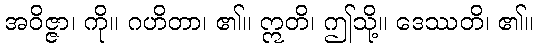
အဝိဇ္ဇာ၊ ကို။ ဂဟိတာ၊ ၏။ ဣတိ၊ ဤသို့။ ဒေဿတိ၊ ၏။